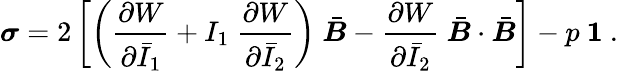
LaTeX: {\boldsymbol{\sigma}}=2\left[\left({\frac{\partial W}{\partial{\bar{I}}_{1}}}+I_{1}~{\frac{\partial W}{\partial{\bar{I}}_{2}}}\right)~{\bar{\boldsymbol{B}}}-{\frac{\partial W}{\partial{\bar{I}}_{2}}}~{\bar{\boldsymbol{B}}}\cdot{\bar{\boldsymbol{B}}}\right]-p~{\boldsymbol{\mathit{1}}}~.